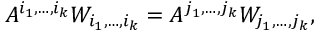
A ^ { i _ { 1 } , \dots , i _ { k } } W _ { i _ { 1 } , \dots , i _ { k } } = A ^ { j _ { 1 } , \dots , j _ { k } } W _ { j _ { 1 } , \dots , j _ { k } } ,